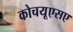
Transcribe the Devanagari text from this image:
कोचयूएसए